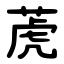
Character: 萀